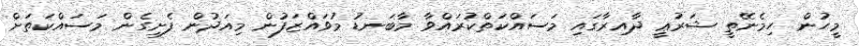
މީހުން ހިމެނޭތީ ޝަރުޢީ ދާއިރާގައި މަސައްކަތްކުރައްވާ މާބަނޑު މުވައްޒަފުން މިއަދުން ފެށިގެން މަސައްކަތަށް